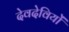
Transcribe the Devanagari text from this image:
देवदेवियों